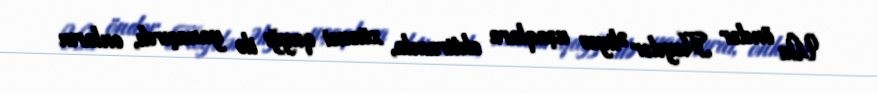
Ulu öndər Heydər Əliyev uşaqlara ehtiramla, xüsusi qayğı ilə yanaşırdı, onların